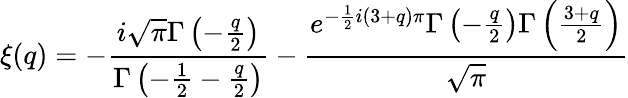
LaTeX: \xi(q)=-\frac{i\sqrt{\pi}\Gamma\left(-\frac{q}{2}\right)}{\Gamma\left(-\frac{1}{2}-\frac{q}{2}\right)}-\frac{e^{-\frac{1}{2}i(3+q)\pi}\Gamma\left(-\frac{q}{2}\right)\Gamma\left(\frac{3+q}{2}\right)}{\sqrt{\pi}}